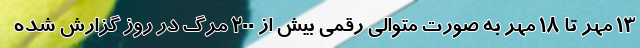
۱۳ مهر تا ۱۸ مهر به صورت متوالی رقمی بیش از ۲۰۰ مرگ در روز گزارش شده